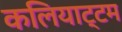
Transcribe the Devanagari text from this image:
कलियाट्टम